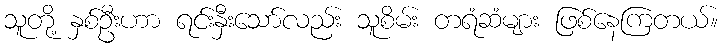
သူတို့ နှစ်ဦးဟာ ရင်းနှီးသော်လည်း သူစိမ်း တရံဆံများ ဖြစ်နေကြတယ်။